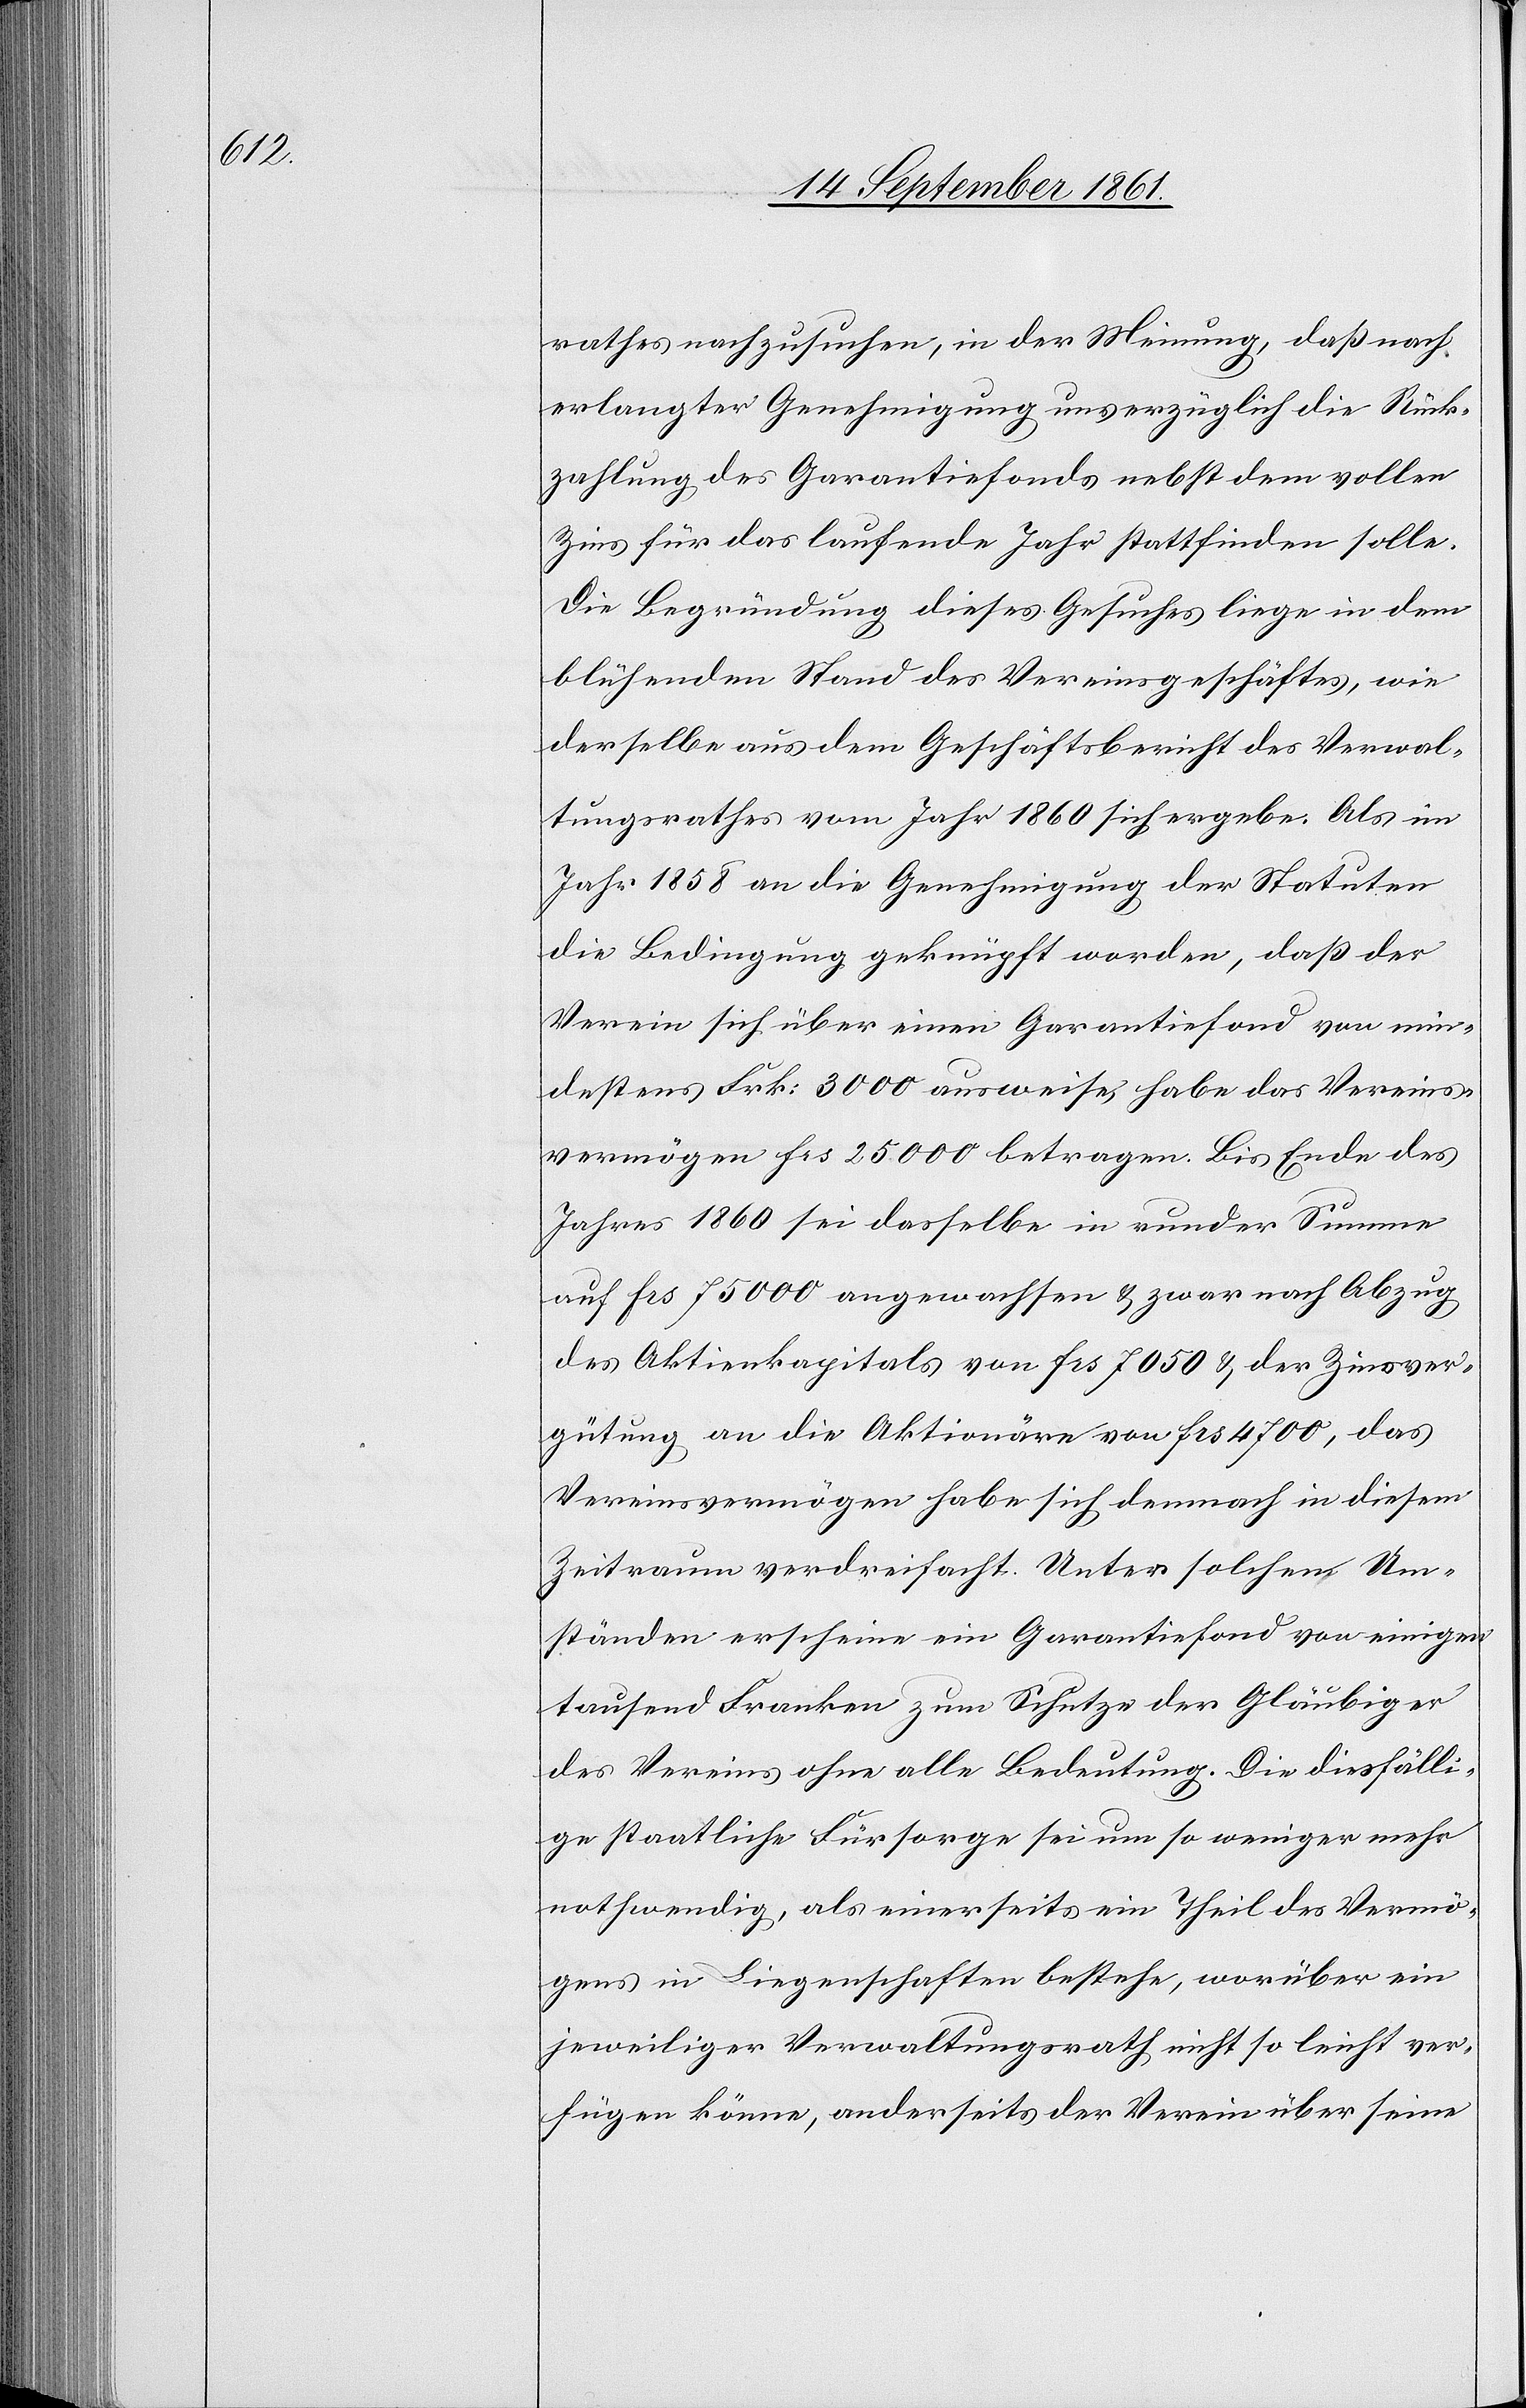
rathes nachzusuchen, in der Meinung, daß nach
erlangter Genehmigung unverzüglich die Rück¬
zahlung des Garantiefonds nebst dem vollen
Zins für das laufende Jahr stattfinden solle.
Die Begründung dieses Gesuches liege in dem
blühenden Stand des Vereinsgeschäftes, wie
derselbe aus dem Geschäftsbericht des Verwal¬
tungsrathes vom Jahr 1860 sich ergebe. Als im
Jahr 1858 an die Genehmigung der Statuten
die Bedingung geknüpft worden, daß der
Verein sich über einen Garantiefond von min¬
destens Frk. 3000 ausweise, habe das Vereins¬
vermögen frs 25000 betragen. Bis Ende des
Jahres 1860 sei dasselbe in runder Summe
auf frs 75000 angewachsen u. zwar nach Abzug
des Aktienkapitals von frs 7050 u. der Zinsver¬
gütung an die Aktionäre von frs 4700, das
Vereinsvermögen habe sich demnach in diesem
Zeitraum verdreifacht. Unter solchen Um¬
ständen erscheine ein Garantiefond von einigen
tausend Franken zum Schutze der Gläubiger
des Vereins ohne alle Bedeutung. Die diesfälli¬
ge staatliche Fürsorge sei um so weniger mehr
nothwendig, als einerseits ein Theil des Vermö¬
gens in Liegenschaften bestehe, worüber ein
jeweiliger Verwaltungsrath nicht so leicht ver¬
fügen könne, anderseits der Verein über seine